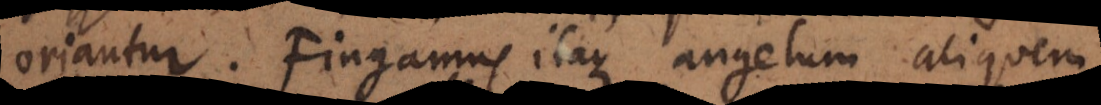
oriantur. Fingamus itaque angelum aliquem